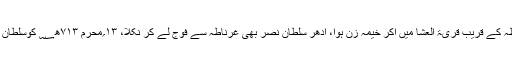
۷۱۳ھ؁ کے اسی ماہ میں ابوالولید فوج لے کر دارالسلطنت غرناطہ کے قریب قریۃ العشا میں آکر خیمہ زن ہوا، ادھر سلطان نصر بھی غرناطہ سے فوج لے کر نکلا، ۱۳؍محرم ۷۱۳ھ؁ کوسلطان نصر نے ابوالولید سے شکست کھائی، اور غرناطہ میں آکر پناہ لیا۔